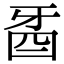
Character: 𤘉